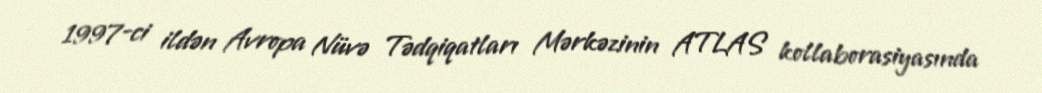
1997-ci ildən Avropa Nüvə Tədqiqatları Mərkəzinin ATLAS kollaborasiyasında